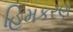
હિમકરણ